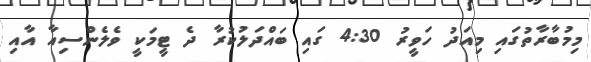
މިމުބާރާތުގައި މިއަދު ހަވީރު 4:30 ގައި ބައްދަލުކުރާ ދެ ޓީމަކީ ވެލެންސިއާ އާއި